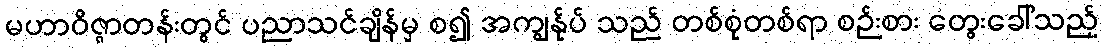
မဟာဝိဇ္ဇာတန်းတွင် ပညာသင်ချိန်မှ စ၍ အကျွန်ုပ် သည် တစ်စုံတစ်ရာ စဉ်းစား တွေးခေါ်သည့်